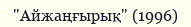
"Айжаңғырық" (1996)